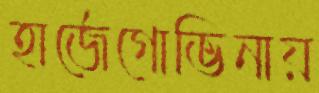
হার্জেগোভিনায়